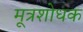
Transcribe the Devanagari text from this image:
मूत्रशोधक